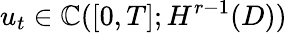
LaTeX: u_{t}\in\mathbb{C}([0,T];H^{r-1}(D))